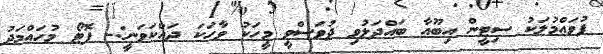
ފުވައްމުލަކު ސިޓީން އިބޫއާ ބައްދަލުވި ދުވަސްވީ މީހަކު ވާހަކަ ދައްކަވަނީ:- ފޮޓޯ މުހައްމަދު